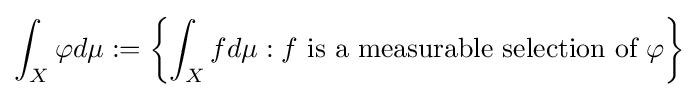
\int _{X}\varphi d\mu :=\left\{\int _{X}fd\mu :f{\text{ is a measurable selection of }}\varphi \right\}